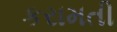
કરામતી